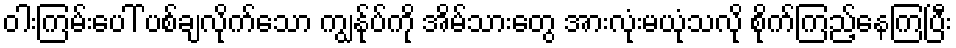
ဝါးကြမ်းပေါ် ပစ်ချလိုက်သော ကျွန်ုပ်ကို အိမ်သားတွေ အားလုံးမယုံသလို စိုက်ကြည့်နေကြပြီး